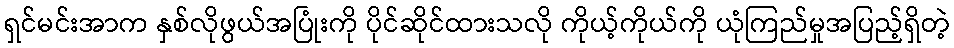
ရှင်မင်းအာက နှစ်လိုဖွယ်အပြုံးကို ပိုင်ဆိုင်ထားသလို ကိုယ့်ကိုယ်ကို ယုံကြည်မှုအပြည့်ရှိတဲ့